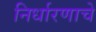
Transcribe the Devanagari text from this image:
निर्धारणाचे